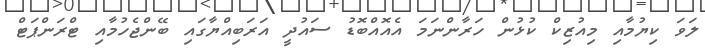
ލަވަ ކިޔުމާއި މިއުޒިކް ކުޅުން ހަރާންނަމަ އެއޮއްބޮޑު ސައުދީ އަރަބިއްޔާގައި ބޭންޖެހުމާއި ޓްރަންޕަޓް